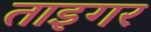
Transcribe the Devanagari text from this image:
ताइगर